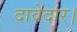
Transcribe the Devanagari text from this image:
दावेदार।